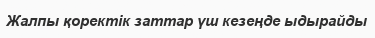
Жалпы қоректік заттар үш кезеңде ыдырайды